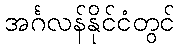
အင်္ဂလန်နိုင်ငံတွင်